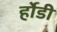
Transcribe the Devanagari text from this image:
र्होडी